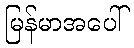
မြန်မာအပေါ်